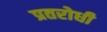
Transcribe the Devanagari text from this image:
प्रतरोधी